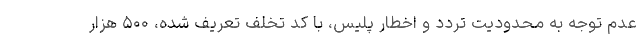
عدم توجه به محدودیت تردد و اخطار پلیس، با کد تخلف تعریف شده، ۵۰۰ هزار